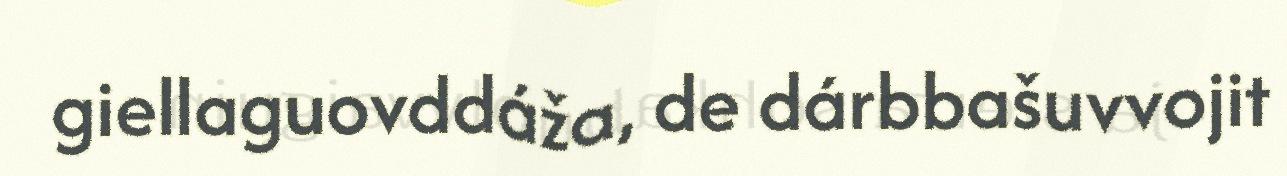
giellaguovddáža, de dárbbašuvvojit